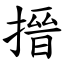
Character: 搢